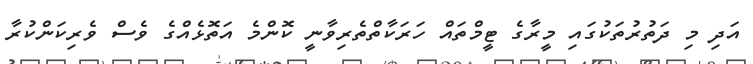
އަދި މި ދަތުރުތަކުގައި މީރާގެ ޓީމްތައް ހަރަކާތްތެރިވާނީ ކޮންމެ އަތޮޅެއްގެ ވެސް ވެރިކަންކުރާ